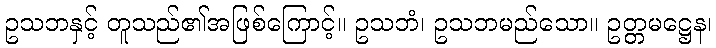
ဥသဘနှင့် တူသည်၏အဖြစ်ကြောင့်။ ဥသဘံ၊ ဥသဘမည်သော။ ဥတ္တမဋ္ဌေန၊